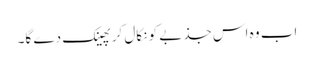
اب وہ اس جذبے کو نکال کر پھینک دے گا۔